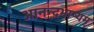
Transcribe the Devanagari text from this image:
आनन्दभाष्यम्